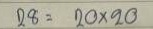
28 = 20 x20